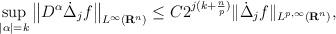
LaTeX: \begin{align*} \sup _{|\alpha|=k}\big\|D^{\alpha}\dot{\Delta}_j f\big\|_{L^{\infty}\left(\mathbf{R}^{n}\right)} \leq C 2^{j(k+\frac{n}{p})}\|\dot{\Delta}_jf\|_{L^{p, \infty}\left(\mathbf{R}^{n}\right)},\end{align*}